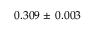
0 . 3 0 9 \pm \: 0 . 0 0 3